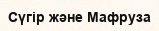
Сүгір және Мафруза